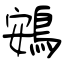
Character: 鴳